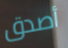
أصدق